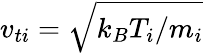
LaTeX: v_{ti}=\sqrt{k_{B}T_{i}/m_{i}}